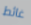
غائط